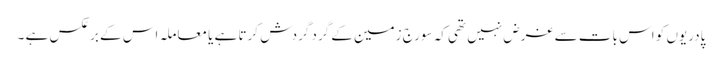
پادریوں کو اس بات سے غرض نہیں تھی کہ سورج زمین کے گرد گردش کرتا ہے یا معاملہ اس کے برعکس ہے ۔